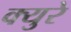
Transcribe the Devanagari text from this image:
क्युरे